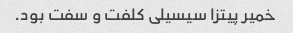
خمیر پیتزا سیسیلی کلفت و سفت بود.